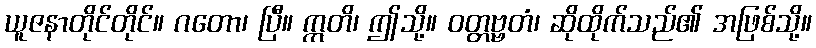
ယူဇနာတိုင်တိုင်။ ဂတော၊ ပြီ။ ဣတိ၊ ဤသို့။ ဝတ္တဗ္ဗတံ၊ ဆိုထိုက်သည်၏ အဖြစ်သို့။